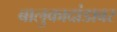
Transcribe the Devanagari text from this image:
बालुकादांडावर